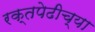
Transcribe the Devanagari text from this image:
रक्तपेढीच्या